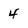
Character: 4